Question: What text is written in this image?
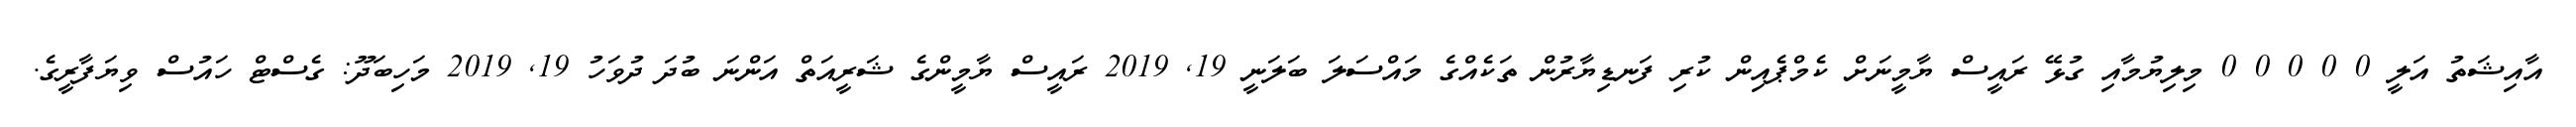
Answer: އާއިޝަތު އަލީ 0 0 0 0 0 މިލިޔުމާއި ގުޅޭ ރައީސް ޔާމީނަށް ކެމްޕެއިން ކުރި ފަނޑިޔާރުން ތަކެއްގެ މައްސަލަ ބަލަނީ 19, 2019 ރައީސް ޔާމީންގެ ޝަރީއަތް އަންނަ ބުދަ ދުވަހު 19, 2019 މަހިބަދޫ: ގެސްޓް ހައުސް ވިޔަފާރީގެ.